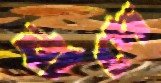
বাদে